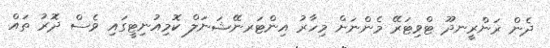
ދެން ރަންރީނދޫ ޓްވިޓަރޭ މެންނަށް މިހާރު އިންޓަރނޭޝަނަލް ކޮމިއުނިޓީގައި ވެސް ދޮރު ތައް